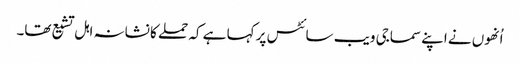
اُنھوں نے اپنے سماجی ویب سائٹس پر کہا ہے کہ حملے کا نشانہ اہل تشیع تھا۔